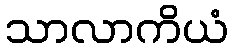
သာလာကိယံ